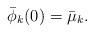
LaTeX: \begin{align*}\bar \phi_{k}(0)=\bar \mu_{k}.\end{align*}